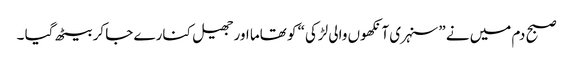
صبح دم میں نے ”سنہری آنکھوں والی لڑکی“ کو تھاما اور جھیل کنارے جا کر بیٹھ گیا ۔